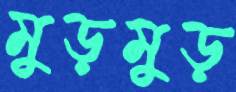
মুড়মুড়